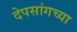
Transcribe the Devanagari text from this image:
देपसांगच्या